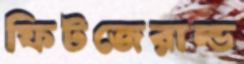
ফিটজেরাল্ড